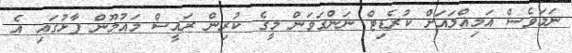
ނަމަވެސް އަމިއްލައަށް ކުރެޑިޓް ނަންގަވަން މީގެ ކުރިން ރައީސް މައުމޫން ފާޅުގައި އެ